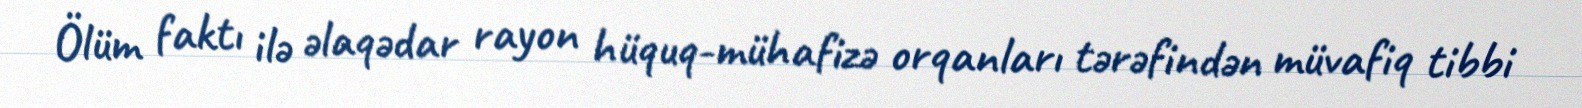
Ölüm faktı ilə əlaqədar rayon hüquq-mühafizə orqanları tərəfindən müvafiq tibbi